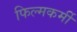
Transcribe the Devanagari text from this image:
फिल्मकर्मी